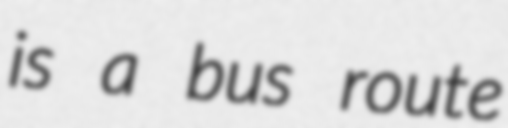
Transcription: is a bus route